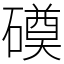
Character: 磸